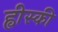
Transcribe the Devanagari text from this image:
ह्वीस्की